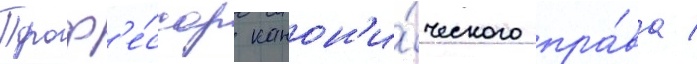
Проф'е́ссор канон'и́ческого пра́ва /